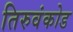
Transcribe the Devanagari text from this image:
तिरुवंकोड